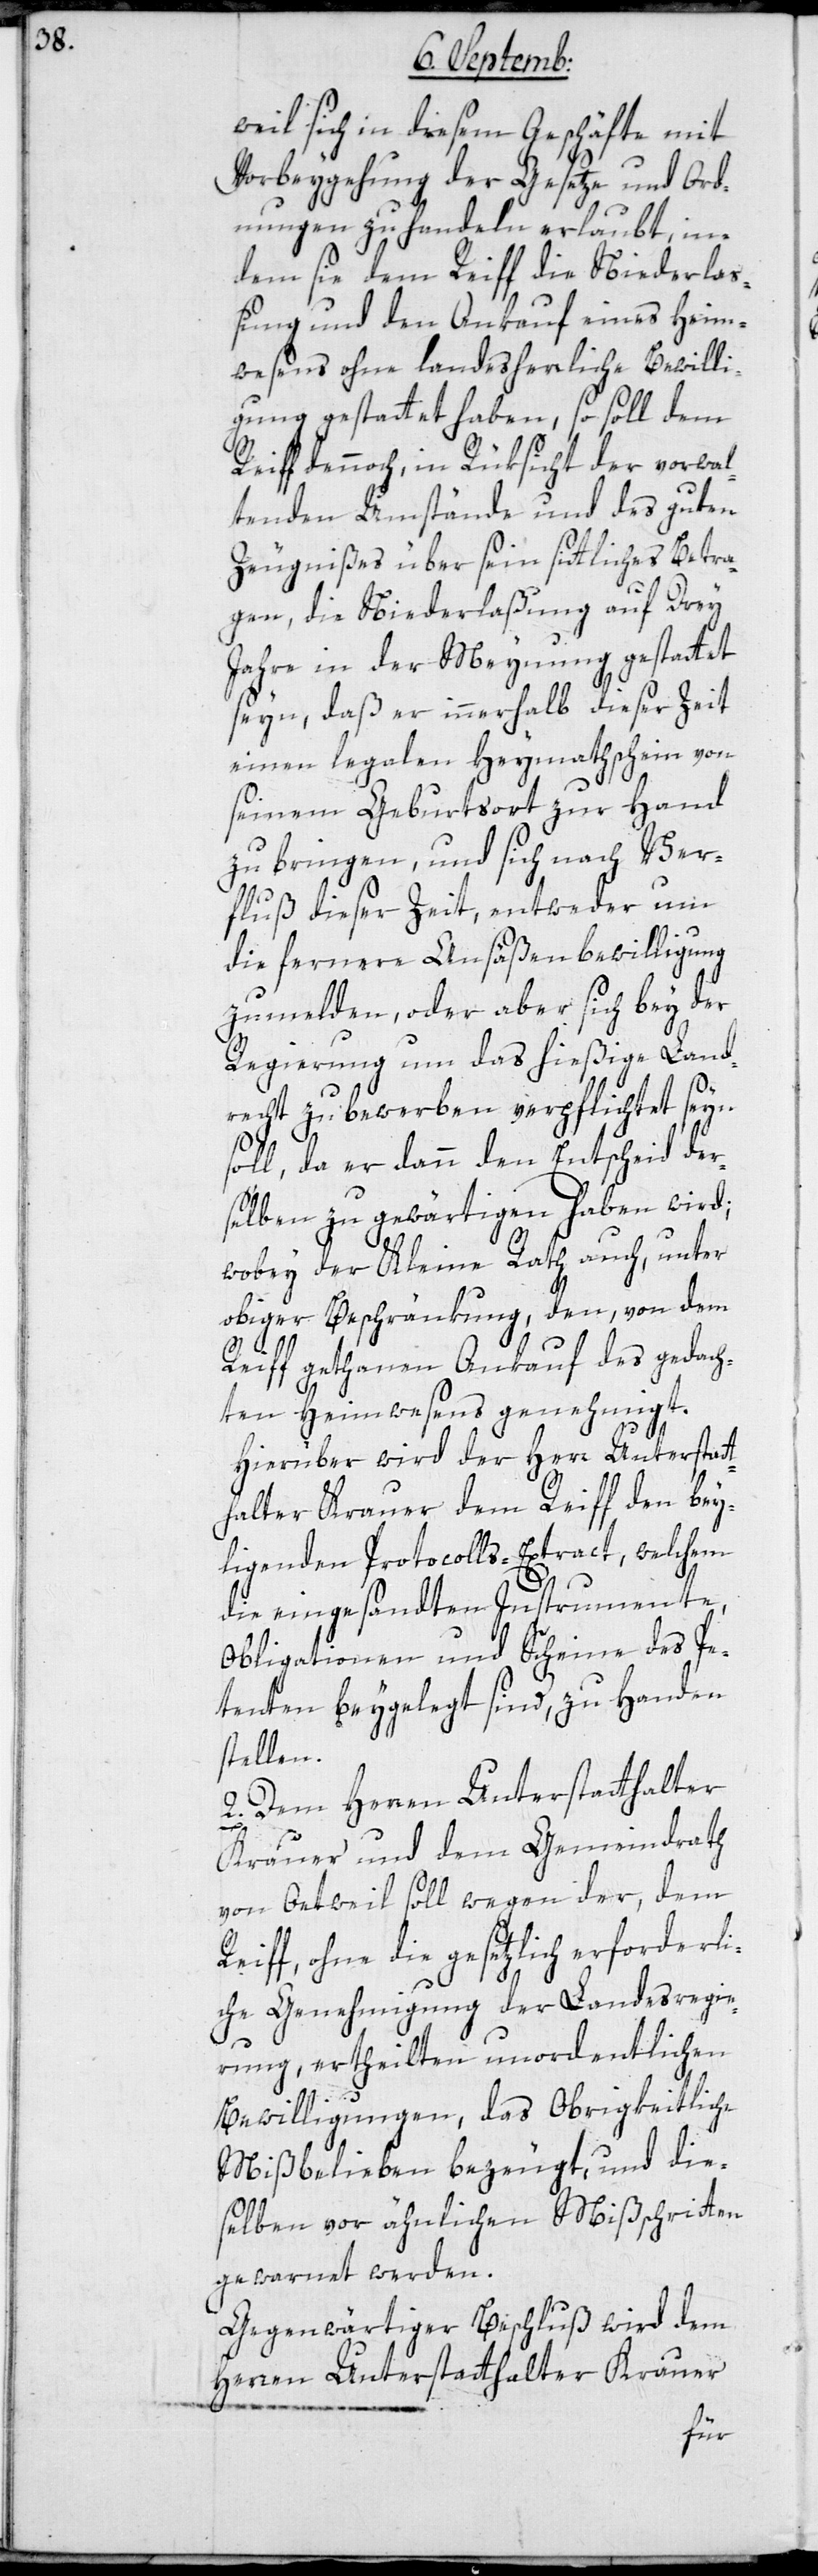
weil sich in diesem Geschäfte mit
Vorbeygehung der Gesetze und Ord¬
nungen zu handeln erlaubt, in¬
dem sie dem Reiff die Niederla¬
ßung und den Ankauf eines Heim¬
wesens ohne landesherrliche Bewilli¬
gung gestattet haben, so soll dem
Reiff dennoch, in Rüksicht der vorwal¬
tenden Umstände und des guten
Zeugnißes über sein sittliches Betra¬
gen, die Niederlaßung auf Drey
Jahre in der Meynung gestattet
seyn, daß er innerhalb dieser Zeit
einen legalen Heymathschein von
seinem Geburtsort zur Hand
zu bringen, und sich nach Ver¬
fluß dieser Zeit, entweder um
die fernere Ansäßenbewilligung
zu melden, oder aber sich bey der
Regierung um das hießige Land¬
recht zu bewerben verpflichtet sein
soll, da er dann den Entscheid der¬
selben zu gewärtigen haben wird;
wobey der Kleine Rath auch, unter
obiger Beschränkung, den von dem
Reiff gethanen Ankauf des gedach¬
ten Heimwesens genehmigt.
Hierüber wird der Herr Unterstatt¬
halter Krauer dem Reiff den bey¬
ligenden Protocolls-Extract, welchem
die eingesandten Instrumente,
Obligationen und Scheine des Pe¬
tenten beygelegt sind, zu Handen
stellen.
2. Dem Herren Unterstatthalter
R¬
Krauer und dem Gemeindrath
von Oetweil soll wegen der, dem
eiff, ohne die gesetzlich erforderli¬
che Genehmigung der Landesregie¬
rung ertheilten unordentlichen
Bewilligungen, das Obrigkeitliche
Mißbelieben bezeugt, und die¬
selben vor ähnlichen Mißschritten
gewarnet werden.
Gegenwärtiger Beschluß wird dem
Herren Unterstatthalter Krauer